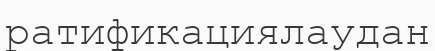
ратификациялаудан